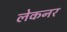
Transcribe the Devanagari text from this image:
लेकनर